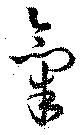
気